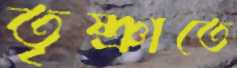
তৃষ্ণাতে